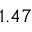
1 . 4 7